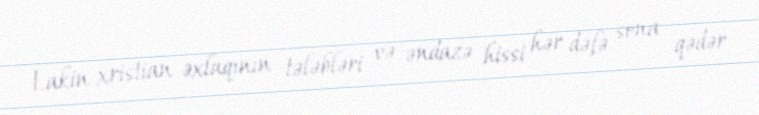
Lakin xristian əxlaqının tələbləri və əndazə hissi hər dəfə sona qədər